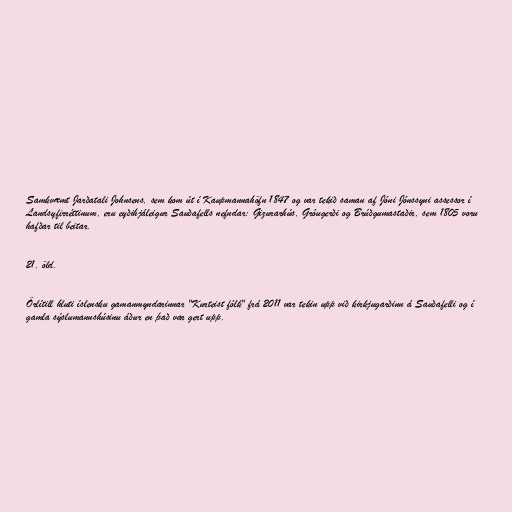
Samkvæmt Jarðatali Johnsens, sem kom út í Kaupmannahöfn 1847 og var tekið saman af Jóni Jónssyni assessor í
Landsyfirréttinum, eru eyðihjáleigur Sauðafells nefndar: Gizurarhús, Gróugerði og Brúðgumastaðir, sem 1805 voru
hafðar til beitar.

21. öld.

Örlítill hluti íslensku gamanmyndarinnar "Kurteist fólk" frá 2011 var tekin upp við kirkjugarðinn á Sauðafelli og í
gamla sýslumannshúsinu áður en það var gert upp.